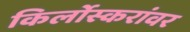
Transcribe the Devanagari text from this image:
किर्लोस्करांवर